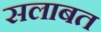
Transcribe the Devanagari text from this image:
सलाबत